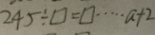
2 4 5 \div \square = \square \cdots a + 2